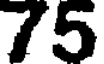
75